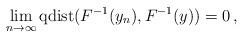
LaTeX: \begin{align*} \lim \limits _{n \to \infty} {\rm qdist}(F^{-1}(y_n),F^{-1}(y)) =0\,, \end{align*}